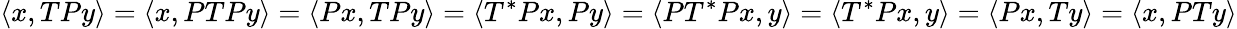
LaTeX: \langle x,TPy\rangle=\langle x,PTPy\rangle=\langle Px,TPy\rangle=\langle T^{*}Px,Py\rangle=\langle PT^{*}Px,y\rangle=\langle T^{*}Px,y\rangle=\langle Px,Ty\rangle=\langle x,PTy\rangle